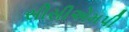
સીસીએમપી